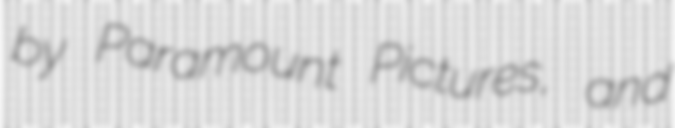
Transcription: by Paramount Pictures, and